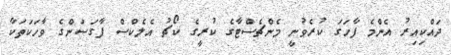
ދައްކިއިރު އެންމެ ފާހަގަ ކުރެވުނީ މެންޗެސްޓާގެ ކުރީގެ ކޯޗު އެލެކްސް ފާގަސަންގެ ވާހަކަތަކާ